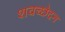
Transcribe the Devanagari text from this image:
शवच्छेदन